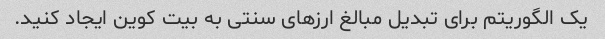
یک الگوریتم برای تبدیل مبالغ ارزهای سنتی به بیت کوین ایجاد کنید.